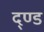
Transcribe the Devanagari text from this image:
द्ण्ड